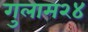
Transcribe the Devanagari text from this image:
गुलाम२४